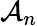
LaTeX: \mathcal{A}_{n}